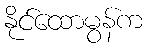
နိုင်ထောမွန်က